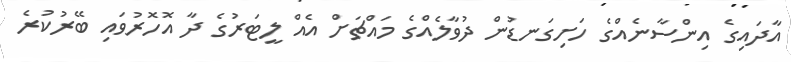
އާދައިގެ އިންސާނެއްގެ ހަށިގަނޑުން ދުވާލެއްގެ މައްޗަށް އެއް ލީޓަރުގެ ދާ އޮހޮރުވައި ބޭރުކުރެ